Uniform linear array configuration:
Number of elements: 32
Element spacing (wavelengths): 0.25
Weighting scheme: hamming
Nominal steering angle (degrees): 0
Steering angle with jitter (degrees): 0.814
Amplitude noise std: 0.05
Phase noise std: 0.05

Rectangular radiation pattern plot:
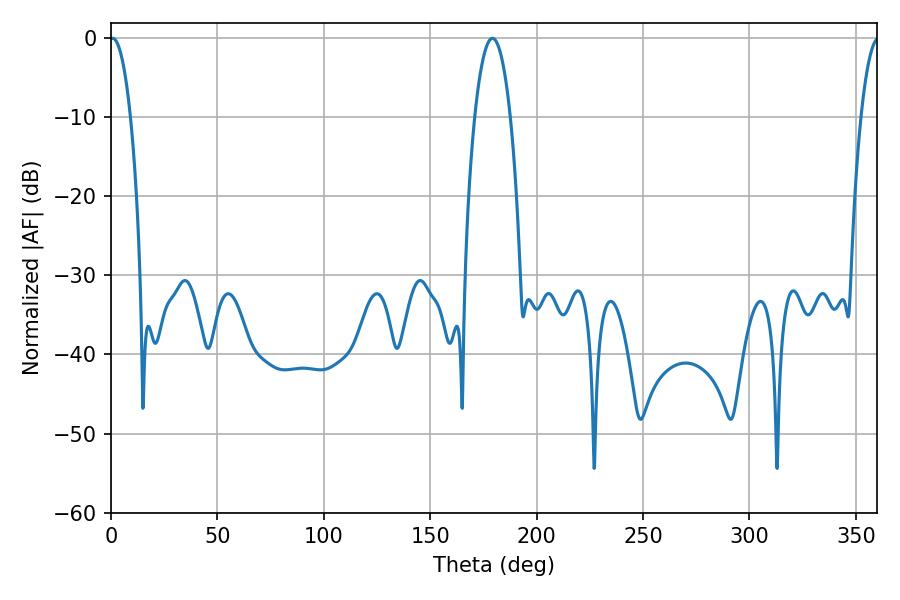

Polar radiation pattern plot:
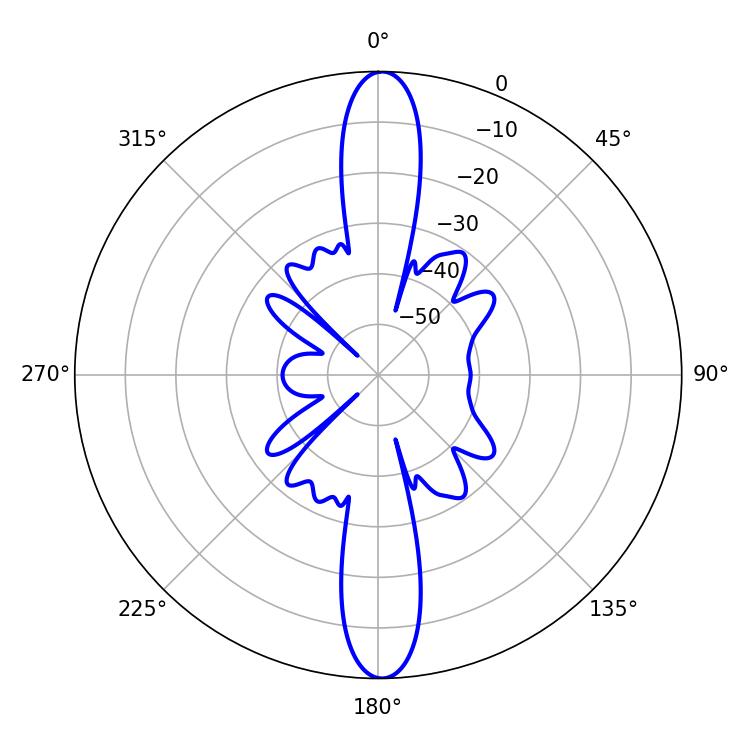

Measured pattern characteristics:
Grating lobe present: FALSE
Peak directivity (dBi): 26.329
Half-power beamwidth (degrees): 5.4
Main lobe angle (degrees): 0.72